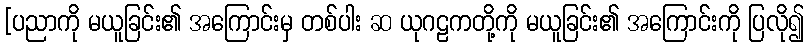
[ပညာကို မယူခြင်း၏ အကြောင်းမှ တစ်ပါး ဆ ယုဂဠကတို့ကို မယူခြင်း၏ အကြောင်းကို ပြလို၍